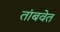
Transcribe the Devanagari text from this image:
तांबवेत